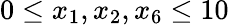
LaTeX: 0\leq x_{1},x_{2},x_{6}\leq 10